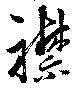
襟